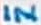
Text: IN